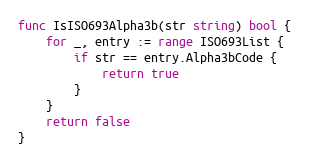
Language: Go
func IsISO693Alpha3b(str string) bool {
	for _, entry := range ISO693List {
		if str == entry.Alpha3bCode {
			return true
		}
	}
	return false
}